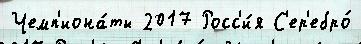
Чемп'иона́ты 2017 Росс'и́я С'ер'ебро́